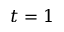
t = 1